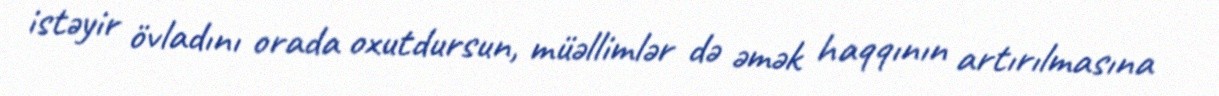
istəyir övladını orada oxutdursun, müəllimlər də əmək haqqının artırılmasına